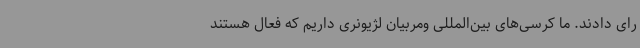
رای دادند. ما کرسی‌های بین‌المللی ومربیان لژیونری داریم که فعال هستند